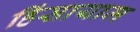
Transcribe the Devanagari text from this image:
हिंसायाम